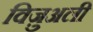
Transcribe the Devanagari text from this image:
विज़ुअली